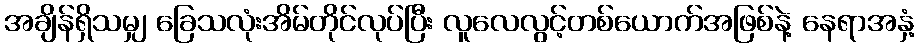
အချိန်ရှိသမျှ ခြေသလုံးအိမ်တိုင်လုပ်ပြီး လူလေလွင့်တစ်ယောက်အဖြစ်နဲ့ နေရာအနှံ့